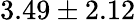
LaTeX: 3.49\pm 2.12